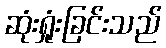
ဆုံးရှုံးခြင်းသည်